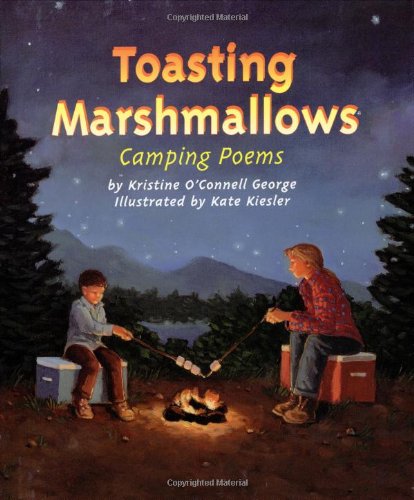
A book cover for Toasting Marshmallows: Camping Poems; Kristine O'Connell George; Children's Books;